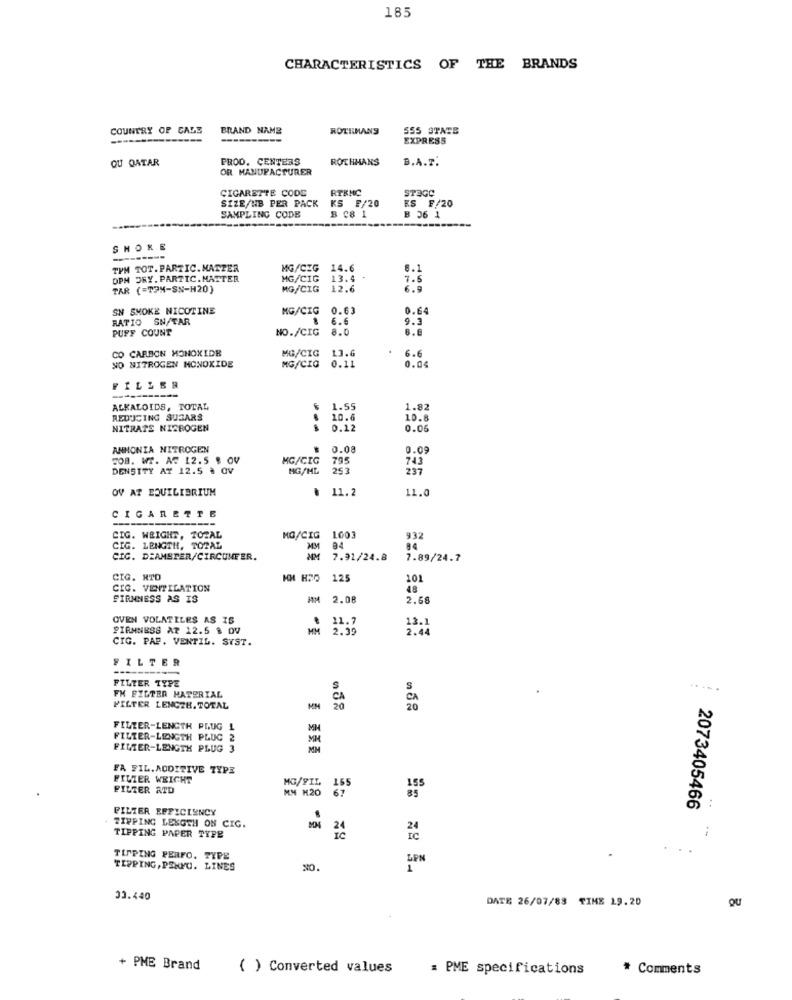
185
CHARACTERISTICS OF THE BRANDS
COUNTRY OF CALS
BRAND NAME
ROTHMANS
S55 STATE
----
EXPRESS
QU QATAR
PROD. CENTERS
ROTHHANS
B.A.T.
OR MANUFACTURER
CIGARETTE CODE
RTKNC
STAGC
SIZE/HB PER PACK KS F/20
ES F/20
B C8 1
SAMPLING CODE
B 36 1
SHORE
TYM TOT. PARTIC.MATTER
MG/CIG
14.6
8.1
DPH DRY. PARTIC. MATTER
MG/CIG
13.4
7.5
TAR (=TOM-SN-H20)
MG/CIG
12.6
SN SMOKE NICOTINE
MG/CIG
0.63
0.64
RATIO SN/TAR
6.6
9.3
PUFF COUNT
NO./CIG
8.0
B.E
CO CARBON MONOXIDE
MG/CIG
13.6
6.6
NO NITROGEN MONOXIDE
MG/CIG
0.11
0.04
FILLER
ALKALOIDS, TOTAL
1.55
1.82
REDUCING SUSARS
10.6
10.8
NITRATE NISBOGEN
0.12
0.06
ANHONIA NITROGEN
0.08
3.09
JOB. WI. A. 12.5 $ OV
MG/CIG
795
743
DENSITY AT 12.5 ª OV
MG/ML
253
237
OV AT EQUILIBRIUM
11.2
11.0
CIGARETTE
---
CIG. WRIGHT, TOTAL
MG/CIG
1003
932
CIG. LENGTH, TOPAL
MM
94
CIC. DIAMETER/CIRCUNFER.
7.91/24.8
7.89/24.7
CIG. RTD
125
101
CIG. VENTILATION
48
FIRMNESS AS IS
AM 2.08
2.68
OVEN VOLATILES AS IS
13.1
PIANNESS AT 12.5 & OV
11.7
2.39
2.44
CIG. PAP. VENTIL. SYST.
FILTER
FILTER TYPE
FM FILTER MATERIAL
FILTER LENGTH. TOTAL
CA
FILZER-LENGTH PLUG 1
MM
FILTER-LENGTH PLUG 2
FILTER-LENGTH PLUG 3
FA FIL.ADDITIVE TYPE
FILIER WEIGHT
FILTER ATD
MG/FIL
MM M20
PILZER EFFICIENCY
2073405466
TIPPING LENGTH ON CIG.
TIPPING PAPER TYPE
TIPPING PERFO. TYPE
LPN
TIPPING, PENYO. LINES
33.440
DATE 26/07/83 TIME 19.20
QU
+ PME Brand
( ) Converted values
: PME specifications
* Comments